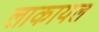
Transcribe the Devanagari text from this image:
लाकायल